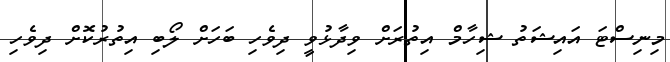
މިނިސްޓަ އައިޝަތު ޝިހާމް އިތުރަށް ވިދާޅުވީ ދިވެހި ބަހަށް ލޯބި އިތުރުކޮށް ދިވެހި